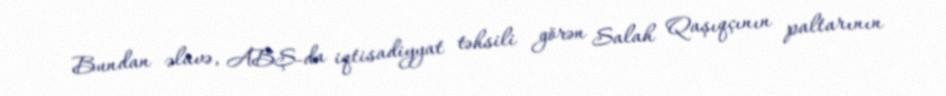
Bundan əlavə, ABŞ-da iqtisadiyyat təhsili görən Salah Qaşıqçının paltarının